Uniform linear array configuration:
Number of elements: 24
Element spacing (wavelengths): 0.75
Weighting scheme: blackman
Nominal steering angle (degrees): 60
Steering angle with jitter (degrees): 61.913
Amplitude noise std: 0.05
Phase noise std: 0.05

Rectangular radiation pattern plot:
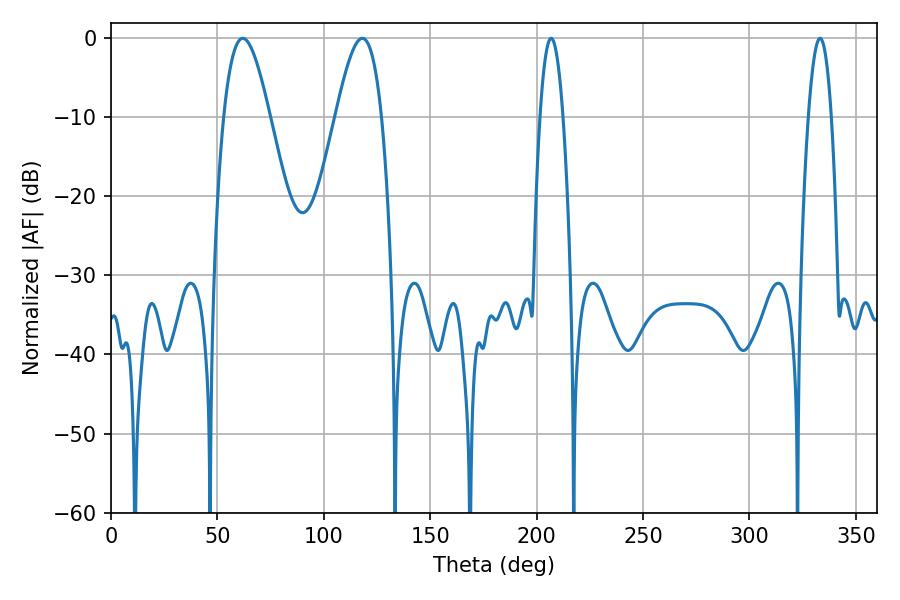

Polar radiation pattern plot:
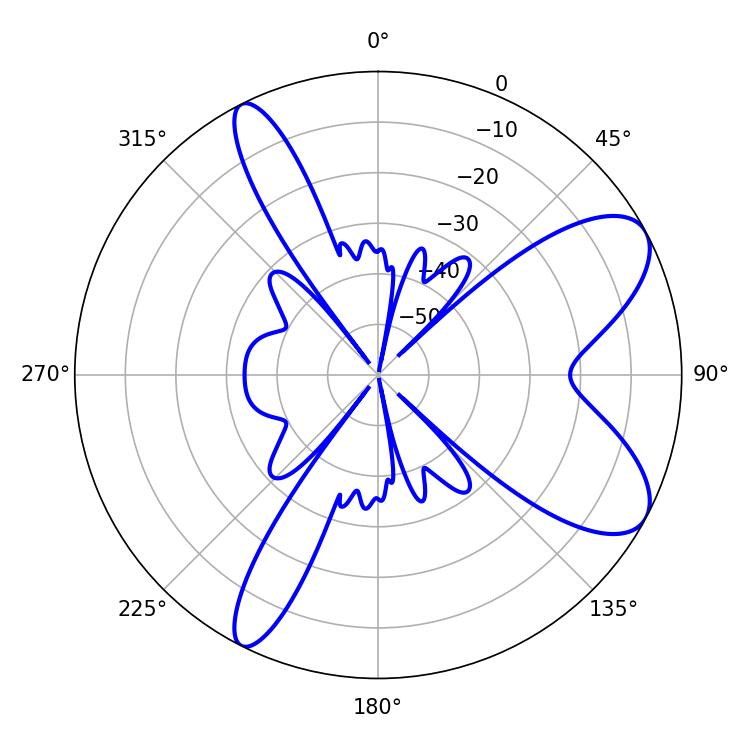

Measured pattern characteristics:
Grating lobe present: TRUE
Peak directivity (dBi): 8.299
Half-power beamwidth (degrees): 5.94
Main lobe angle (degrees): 206.82